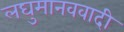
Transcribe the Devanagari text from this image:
लघुमानववादी